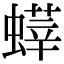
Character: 𧐞